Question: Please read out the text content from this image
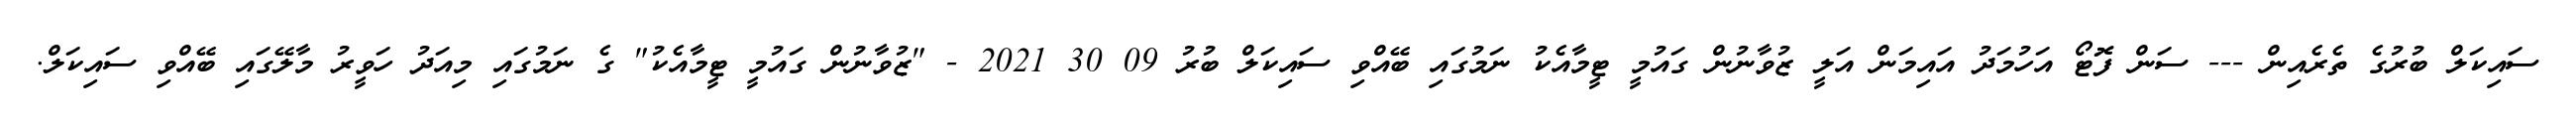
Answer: ސައިކަލް ބުރުގެ ތެރެއިން --- ސަން ފޮޓޯ އަހުމަދު އައިމަން އަލީ ޒުވާނުން ގައުމީ ޓީމާއެކު ނަމުގައި ބޭއްވި ސައިކަލް ބުރު 09 30 2021 - "ޒުވާނުން ގައުމީ ޓީމާއެކު" ގެ ނަމުގައި މިއަދު ހަވީރު މާލޭގައި ބޭއްވި ސައިކަލް.